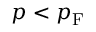
p < p _ { \mathrm { { F } } }